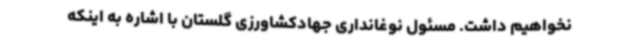
نخواهیم داشت. مسئول نوغانداری جهادکشاورزی گلستان با اشاره به اینکه